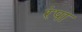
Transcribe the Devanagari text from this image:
रंपा